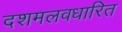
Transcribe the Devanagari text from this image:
दशमलवधारित